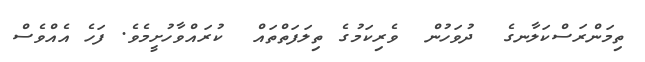
ތިމަންރަސްކަލާނގެ  ދުވަހުން  ވެރިކަމުގެ ތިލަފަތްތައް  ކުރައްވާހުށީމެވެ. ފަހެ އެއްވެސް